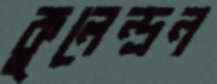
কুলেন্দ্রন